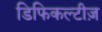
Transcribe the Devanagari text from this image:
डिफिकल्टीज़